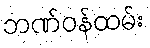
ဘဏ်ဝန်ထမ်း